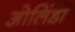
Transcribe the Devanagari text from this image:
ओलिंडा